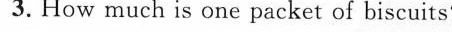
3.How much is one packet of biscuits?